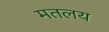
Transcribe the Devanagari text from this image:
मतलय